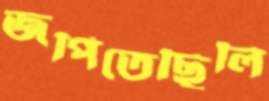
জপিতেছিলি